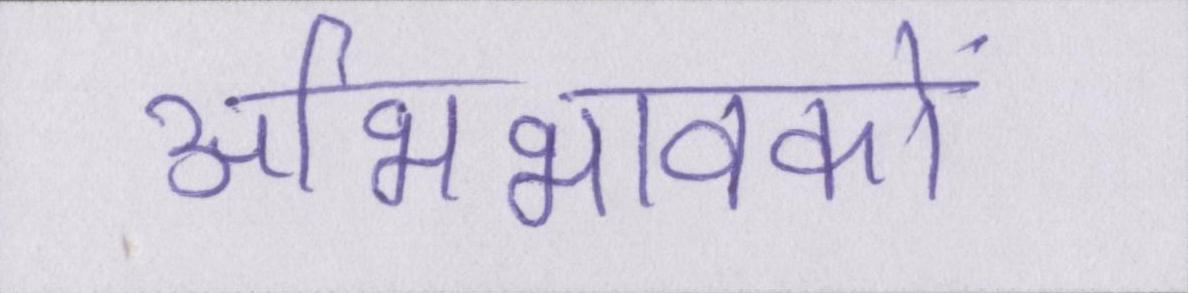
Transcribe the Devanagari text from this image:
अभिभावकों